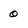
Character: 0